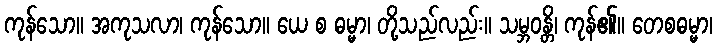
ကုန်သော။ အကုသလာ၊ ကုန်သော။ ယေ စ ဓမ္မာ၊ တို့သည်လည်း။ သမ္ဘဝန္တိ၊ ကုန်၏။ တေစဓမ္မာ၊